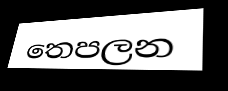
තෙපලන